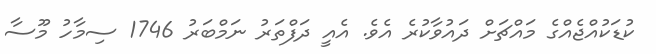
ކުޑަކުއްޖެއްގެ މައްޗަށް ދައުވާކުރެ އެވެ. އެއީ ދަފްތަރު ނަމްބަރު 1746 ސިމާހު މޫސާ